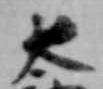
太